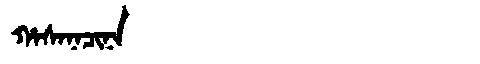
Manchu: ᡥᠠᠰᠠᠨᠠᠴᡳᠨᠠ
Romanization: HASANACINA